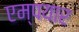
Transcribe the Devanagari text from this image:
एम्पयार